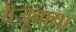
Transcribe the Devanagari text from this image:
बैजूबाबा